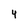
Character: 4